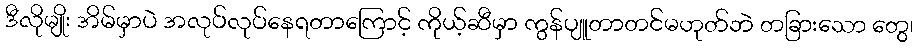
ဒီလိုမျိုး အိမ်မှာပဲ အလုပ်လုပ်နေရတာကြောင့် ကိုယ့်ဆီမှာ ကွန်ပျူတာတင်မဟုတ်ဘဲ တခြားသော တွေ၊